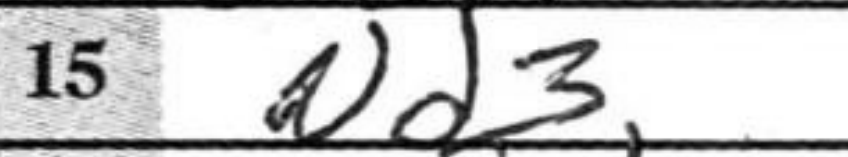
Transcription: Nd3